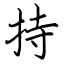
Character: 持